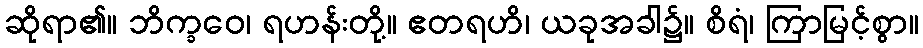
ဆိုရာ၏။ ဘိက္ခဝေ၊ ရဟန်းတို့။ ဧတရဟိ၊ ယခုအခါ၌။ စိရံ၊ ကြာမြင့်စွာ။